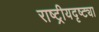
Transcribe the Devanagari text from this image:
राष्‍ट्रीयदृष्ट्या